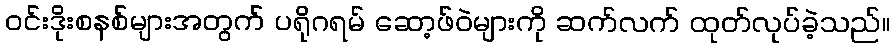
ဝင်းဒိုးစနစ်များအတွက် ပရိုဂရမ် ဆော့ဖ်ဝဲများကို ဆက်လက် ထုတ်လုပ်ခဲ့သည်။